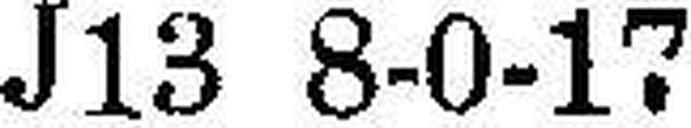
J13 8-0-17